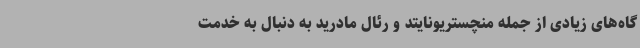
گاه‌های زیادی از جمله منچستریونایتد و رئال مادرید به دنبال به خدمت